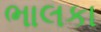
ભાલકા